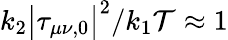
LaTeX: k_{2}\big|\tau_{\mu\nu,0}\big|^{2}/k_{1}\mathcal{T}\approx 1